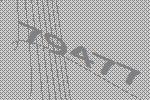
79477